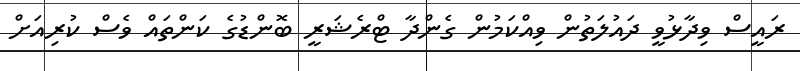
ރައީސް ވިދާޅުވީ ދައުލަތުން ވިއްކަމުން ގެންދާ ޓްރެޝަރީ ބޮންޑުގެ ކަންތައް ވެސް ކުރިއަށް